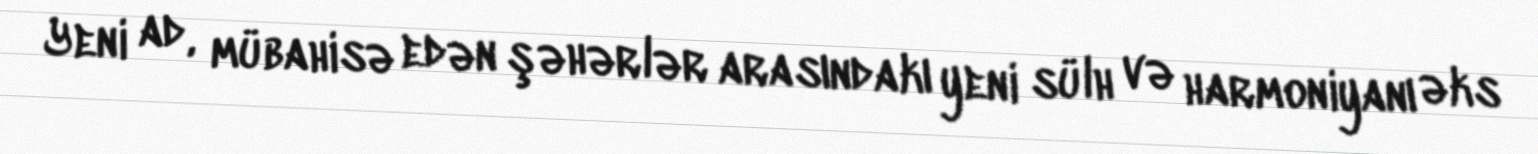
Yeni ad, mübahisə edən şəhərlər arasındakı yeni sülh və harmoniyanı əks